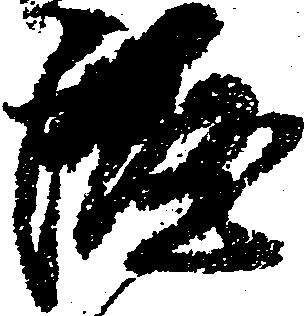
涯